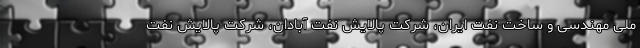
ملی مهندسی و ساخت نفت ایران، شرکت پالایش نفت آبادان، شرکت پالایش نفت